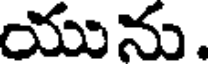
యును.